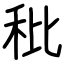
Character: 秕